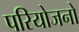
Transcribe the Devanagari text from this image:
परियोजनो